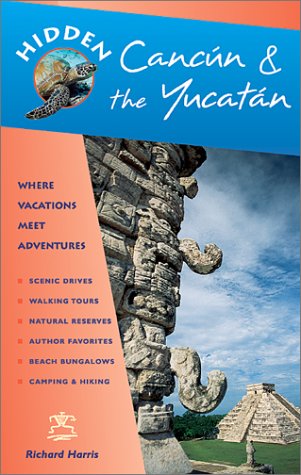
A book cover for Hidden Cancun & the Yucatan: Including Cozumel, Tulum, Chichen Itza, Uxmal, and Merida (Hidden Cancun and the Yucatan); Richard Harris; Travel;